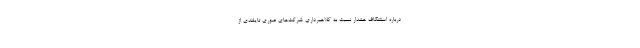
درباره استنکاف هشدار نسبت به کلاهبرداری‌ شرکت‌های صوری تایلندی از